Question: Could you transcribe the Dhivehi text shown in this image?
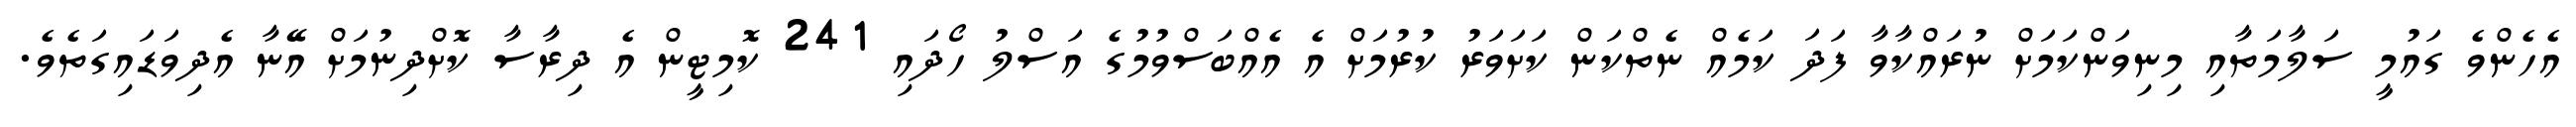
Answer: އެހެންވެ ގައުމީ ސަލާމަތާއި މިނިވަންކަމަށް ނުރައްކާވާ ފަދަ ކަމެއް ނެތްކަން ކަށަވަރު ކުރުމަށް އެ އެއްބަސްވުމުގެ އަސްލު ހޯދައި 241 ކޮމިޓީން އެ ދިރާސާ ކޮށްދިނުމަށް އޭނާ އެދިވަޑައިގަތެވެ.